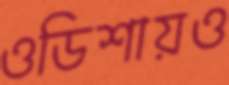
ওডিশায়ও